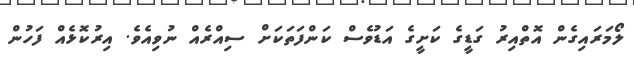
ލޯމަރައިގެން އޮތްއިރު ގަޑީގެ ކަށީގެ އަޑުވެސް ކަންފަތަކަށް ސިއްރެއް ނުވިއެވެ. އިރުކޮޅެއް ފަހުން